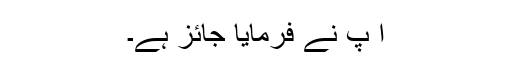
آ پؑ نے فرمایا جائز ہے۔